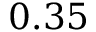
0 . 3 5